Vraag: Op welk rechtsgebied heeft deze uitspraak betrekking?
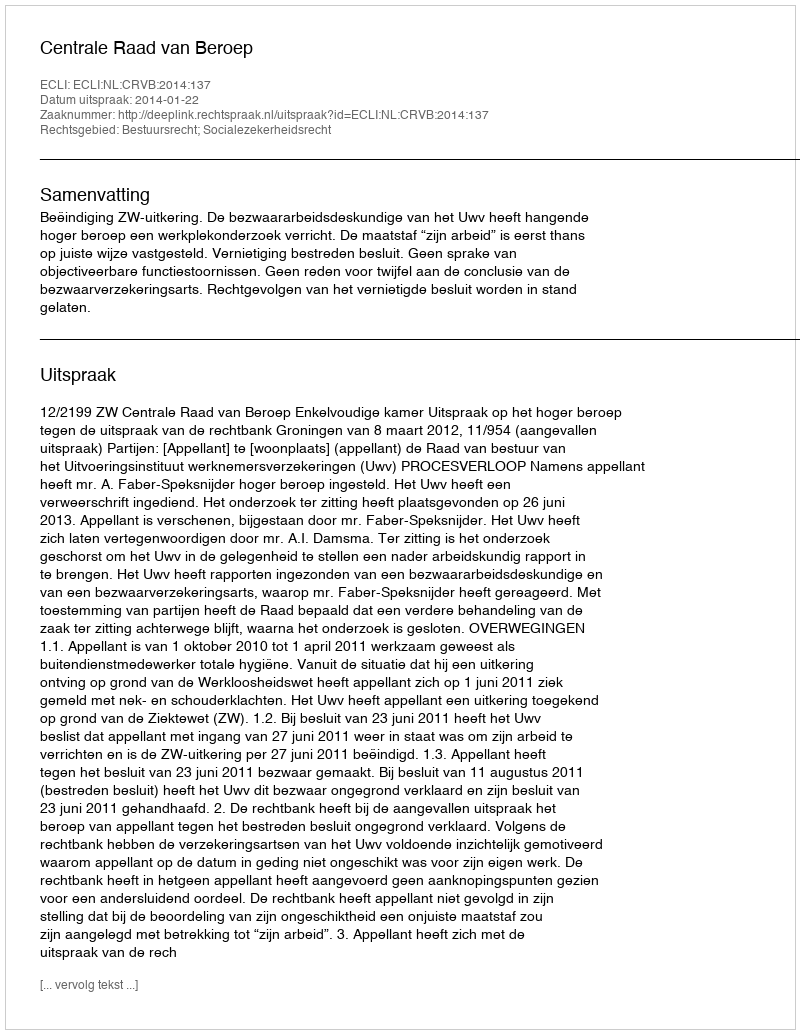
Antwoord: Bestuursrecht; Socialezekerheidsrecht